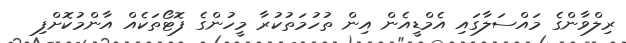
ރިލްވާންގެ މައްސަލާގައި އެމްޑީއެން އިން ތުހުމަތުކުރާ މީހުންގެ ފޮޓޯތަކެއް އާންމުކޮށްފި